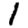
Digit: 1